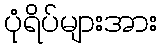
ပုံရိပ်များအား